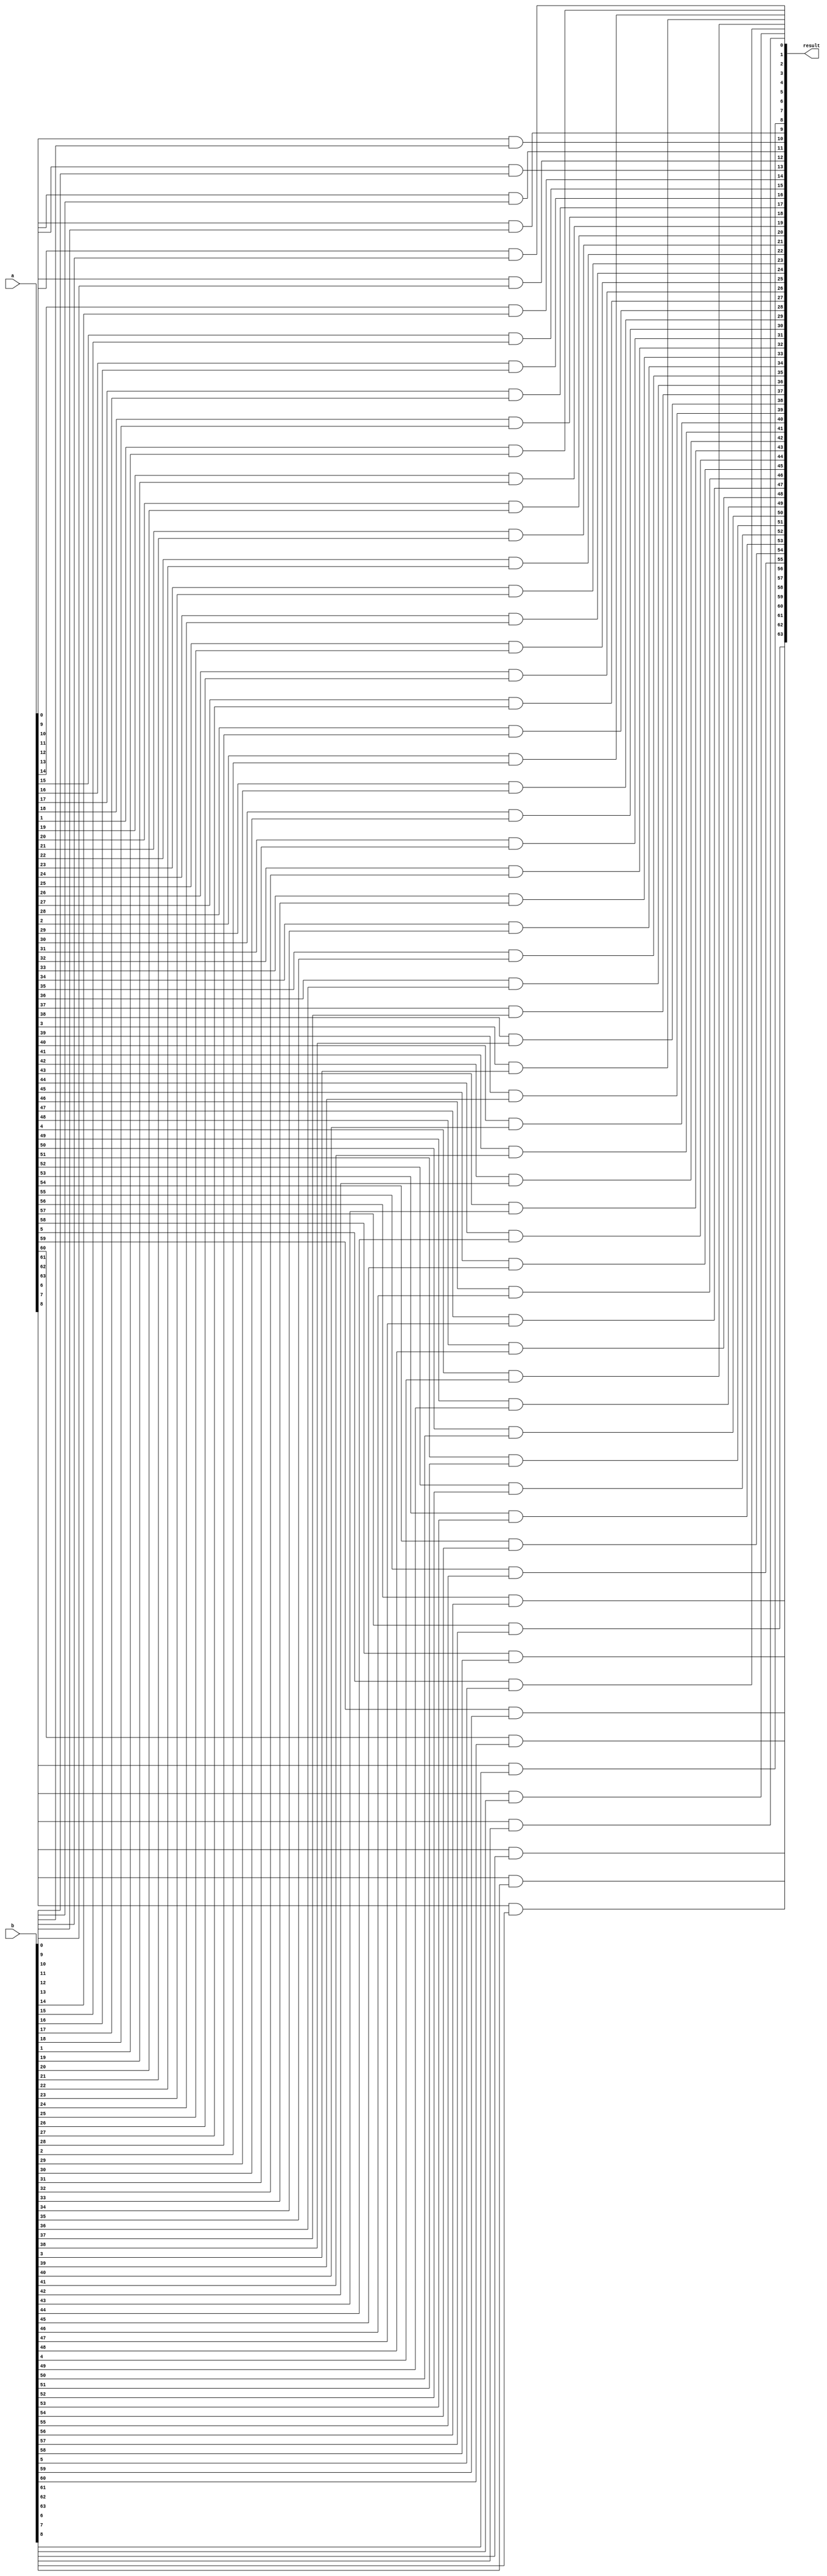
module and_64bit(a,b,result);
input signed [64:1]a;
input signed [64:1]b;
output signed [64:1]result;

genvar i;
generate for(i=1;i<65;i = i+1) 
      begin
        and g1(result[i],a[i],b[i]);
      end
endgenerate

endmodule